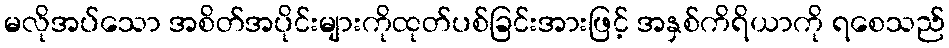
မလိုအပ်သော အစိတ်အပိုင်းများကိုထုတ်ပစ်ခြင်းအားဖြင့် အနှစ်ကိရိယာကို ရစေသည်